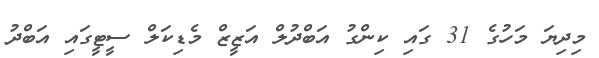
މިދިޔަ މަހުގެ 31 ގައި ކިންގު އަބްދުލް އަޒީޒް މެޑިކަލް ސީޓީގައި އަބްދު